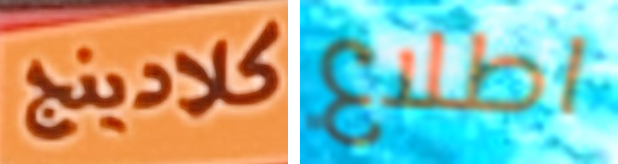
كلادينج اطلاع